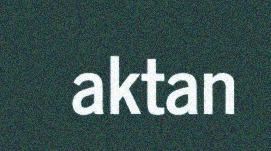
aktan